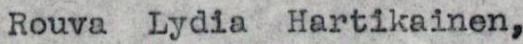
Rouva Lydia Hartikainen,